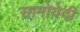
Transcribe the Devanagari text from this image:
सामोयेदी